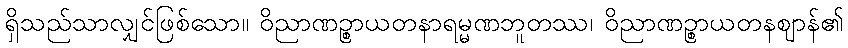
ရှိသည်သာလျှင်ဖြစ်သော။ ဝိညာဏဉ္စာယတနာရမ္မဏဘူတဿ၊ ဝိညာဏဉ္စာယတနဈာန်၏